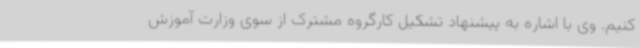
کنیم. وی با اشاره به پیشنهاد تشکیل کارگروه مشترک از سوی وزارت آموزش